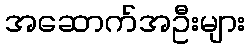
အဆောက်အဦးများ